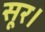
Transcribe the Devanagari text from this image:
सूर।